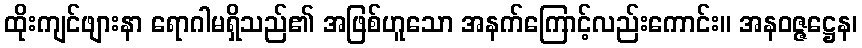
ထိုးကျင်ဖျားနာ ရောဂါမရှိသည်၏ အဖြစ်ဟူသော အနက်ကြောင့်လည်းကောင်း။ အနဝဇ္ဇဋ္ဌေန၊